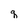
Character: q